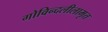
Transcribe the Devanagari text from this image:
गोविन्दलीलामृत